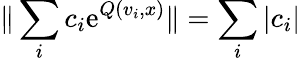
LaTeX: \| \sum_{i}c_{i}\mathrm{e}^{Q(v_{i},x)}\| =\sum_{i}|c_{i}|